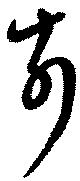
前